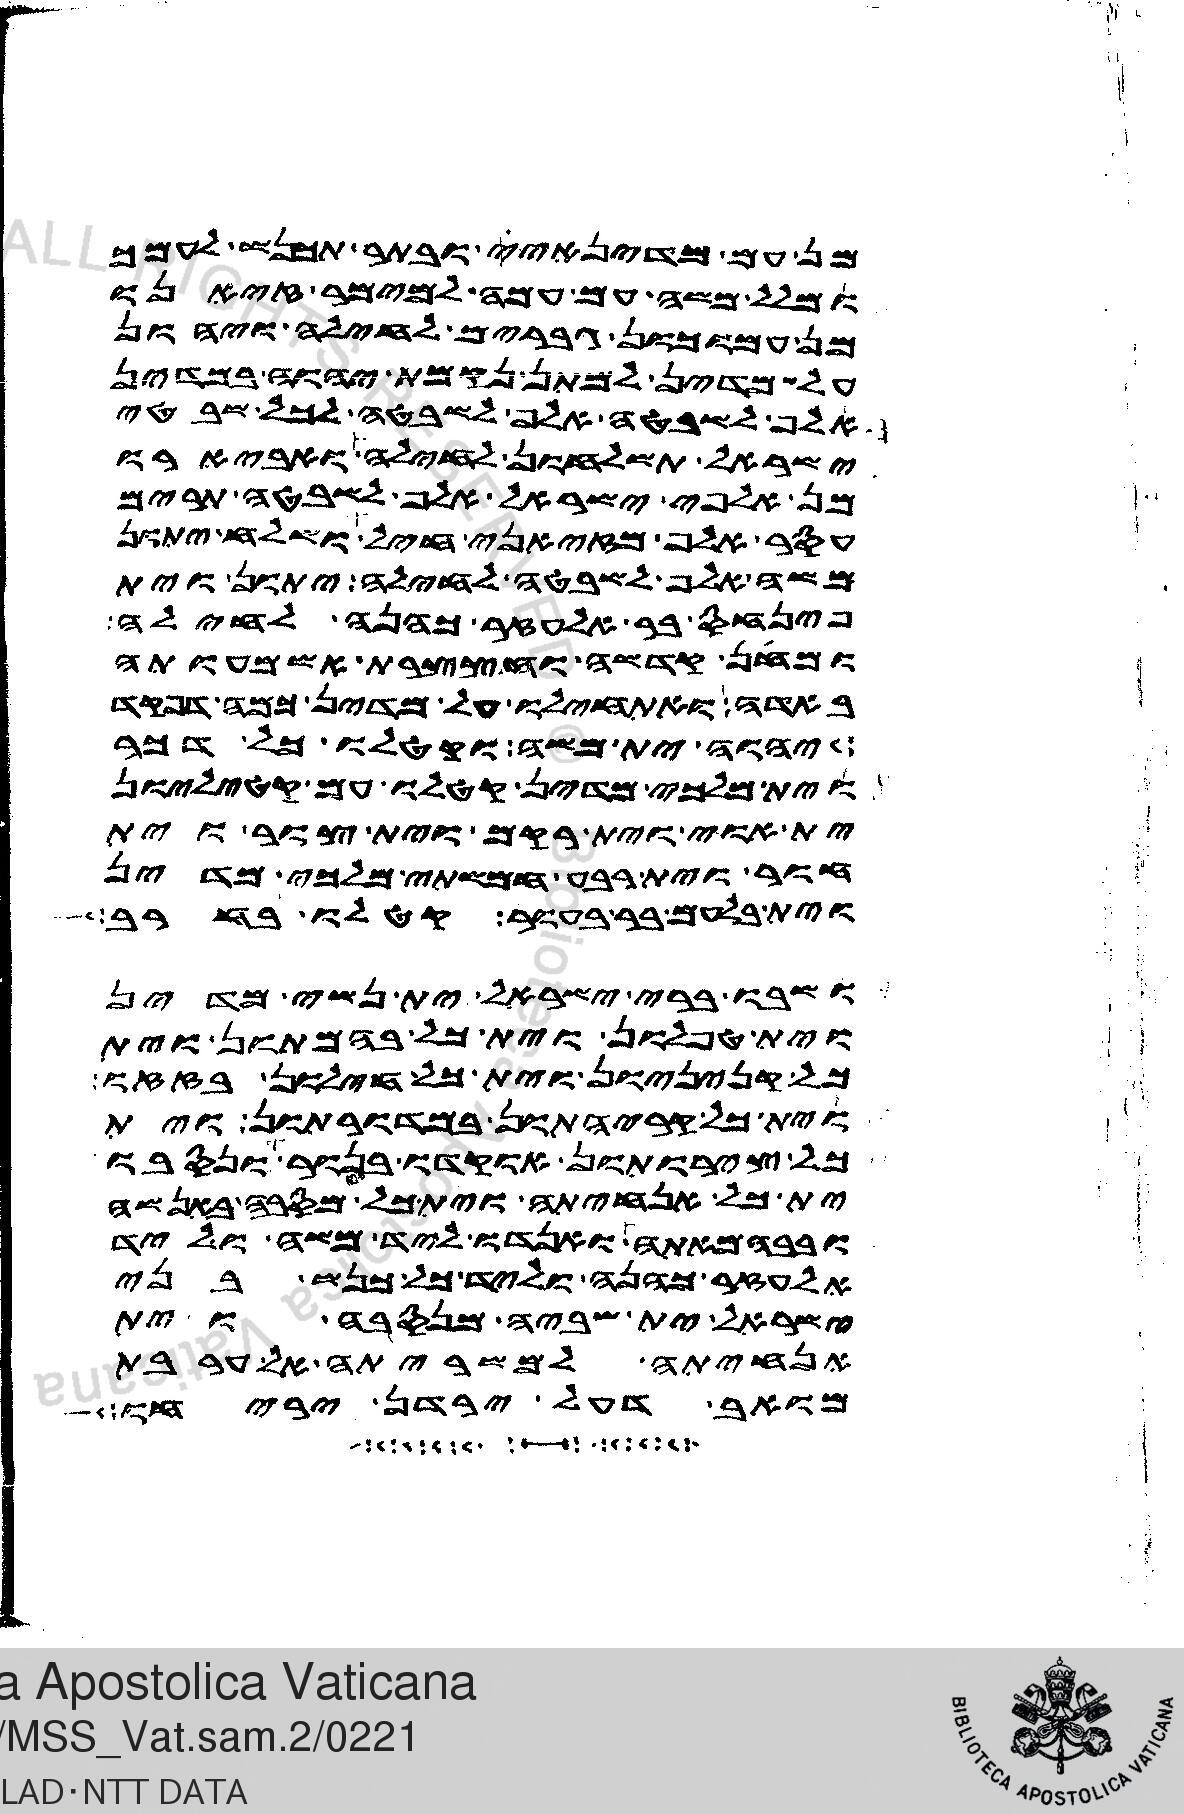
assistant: מן עם מדינאי ובתר תכנש לעמך
ומלל משה עם עמה למימר זיאנו
מן עמוכון גברים לחילה ויהון
על מדין למתן נקמת יהוה במדין
אלף לשבטה אלף לשבטה לכל שבטי
ישראל תשלחון לחילה ואביארו
מן אלפי ישראל אלף לשבטה תרים
עסר אלף מזיאני חיל ושלח יתון
משה אלף לשבטה לחילה יתון וית
פינחס בר אלעזר כהנה לחילה
ומחן קדשה וחצצרת אשמעותה
באדה ואתחילו על מדין כמה דפקד
יהוה ית משה וקטלו כל דכר
וית מלכי מדין קטלו עם קטיליון
ית אוי וית רקם וית צור וית
חור וית רבע חמשתי מלכי מדין
וית בלעם בר בעור קטלו בחרב
ושבו ברי ישראל ית נשי מדין
וית טפלון וית כל בהמתון וית
כל קניניון וית כל חילון בזזו
וית כל קריהתון במדורתון וית
כל צירותון אוקדו בנור ונסבו
ית כל אנחיתה וית כל מסבה באנשה
ובבהמאתה ואנדו ליד משה וליד
אלעזר כהנה וליד כל כנשת בני
ישראל ית שביה וית מנסבה וית
אנחיתה למשריתה אל ערבת
מואב דעל ירדן יריחו